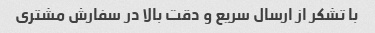
با تشکر از ارسال سریع و دقت بالا در سفارش مشتری